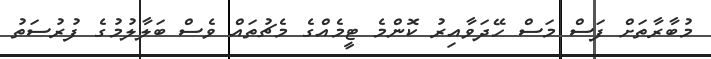
މުބާރާތަށް ފަސް މަސް ހޭދަވާއިރު ކޮންމެ ޓީމެއްގެ މެޗުތައް ވެސް ބަލާލުމުގެ ފުރުސަތު